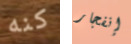
كنه إنفجار